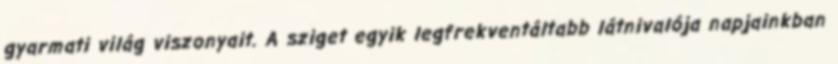
gyarmati világ viszonyait. A sziget egyik legfrekventáltabb látnivalója napjainkban